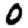
Digit: 0